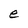
Character: e